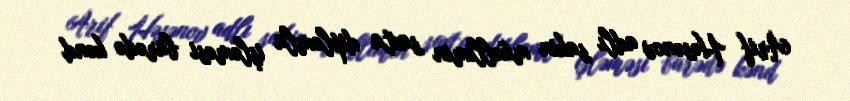
Arif Həsənov adlı sakin müəllimin saxta diplomla işləməsi barədə kənd